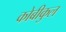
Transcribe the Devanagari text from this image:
कोबीकुल